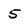
Character: 5